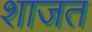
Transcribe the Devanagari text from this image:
शाजत